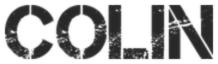
COLIN